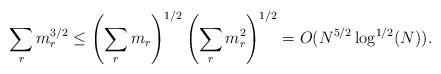
LaTeX: \begin{align*}\sum_r m_r^{3/2} \leq \left( \sum_r m_r \right)^{1/2} \left( \sum_r m_r^2 \right)^{1/2} = O(N^{5/2} \log^{1/2}(N)).\end{align*}